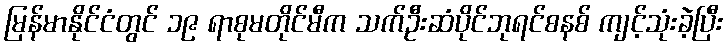
မြန်မာနိုင်ငံတွင် ၁၉ ရာစုမတိုင်မီက သက်ဦးဆံပိုင်ဘုရင်စနစ် ကျင့်သုံးခဲ့ပြီး